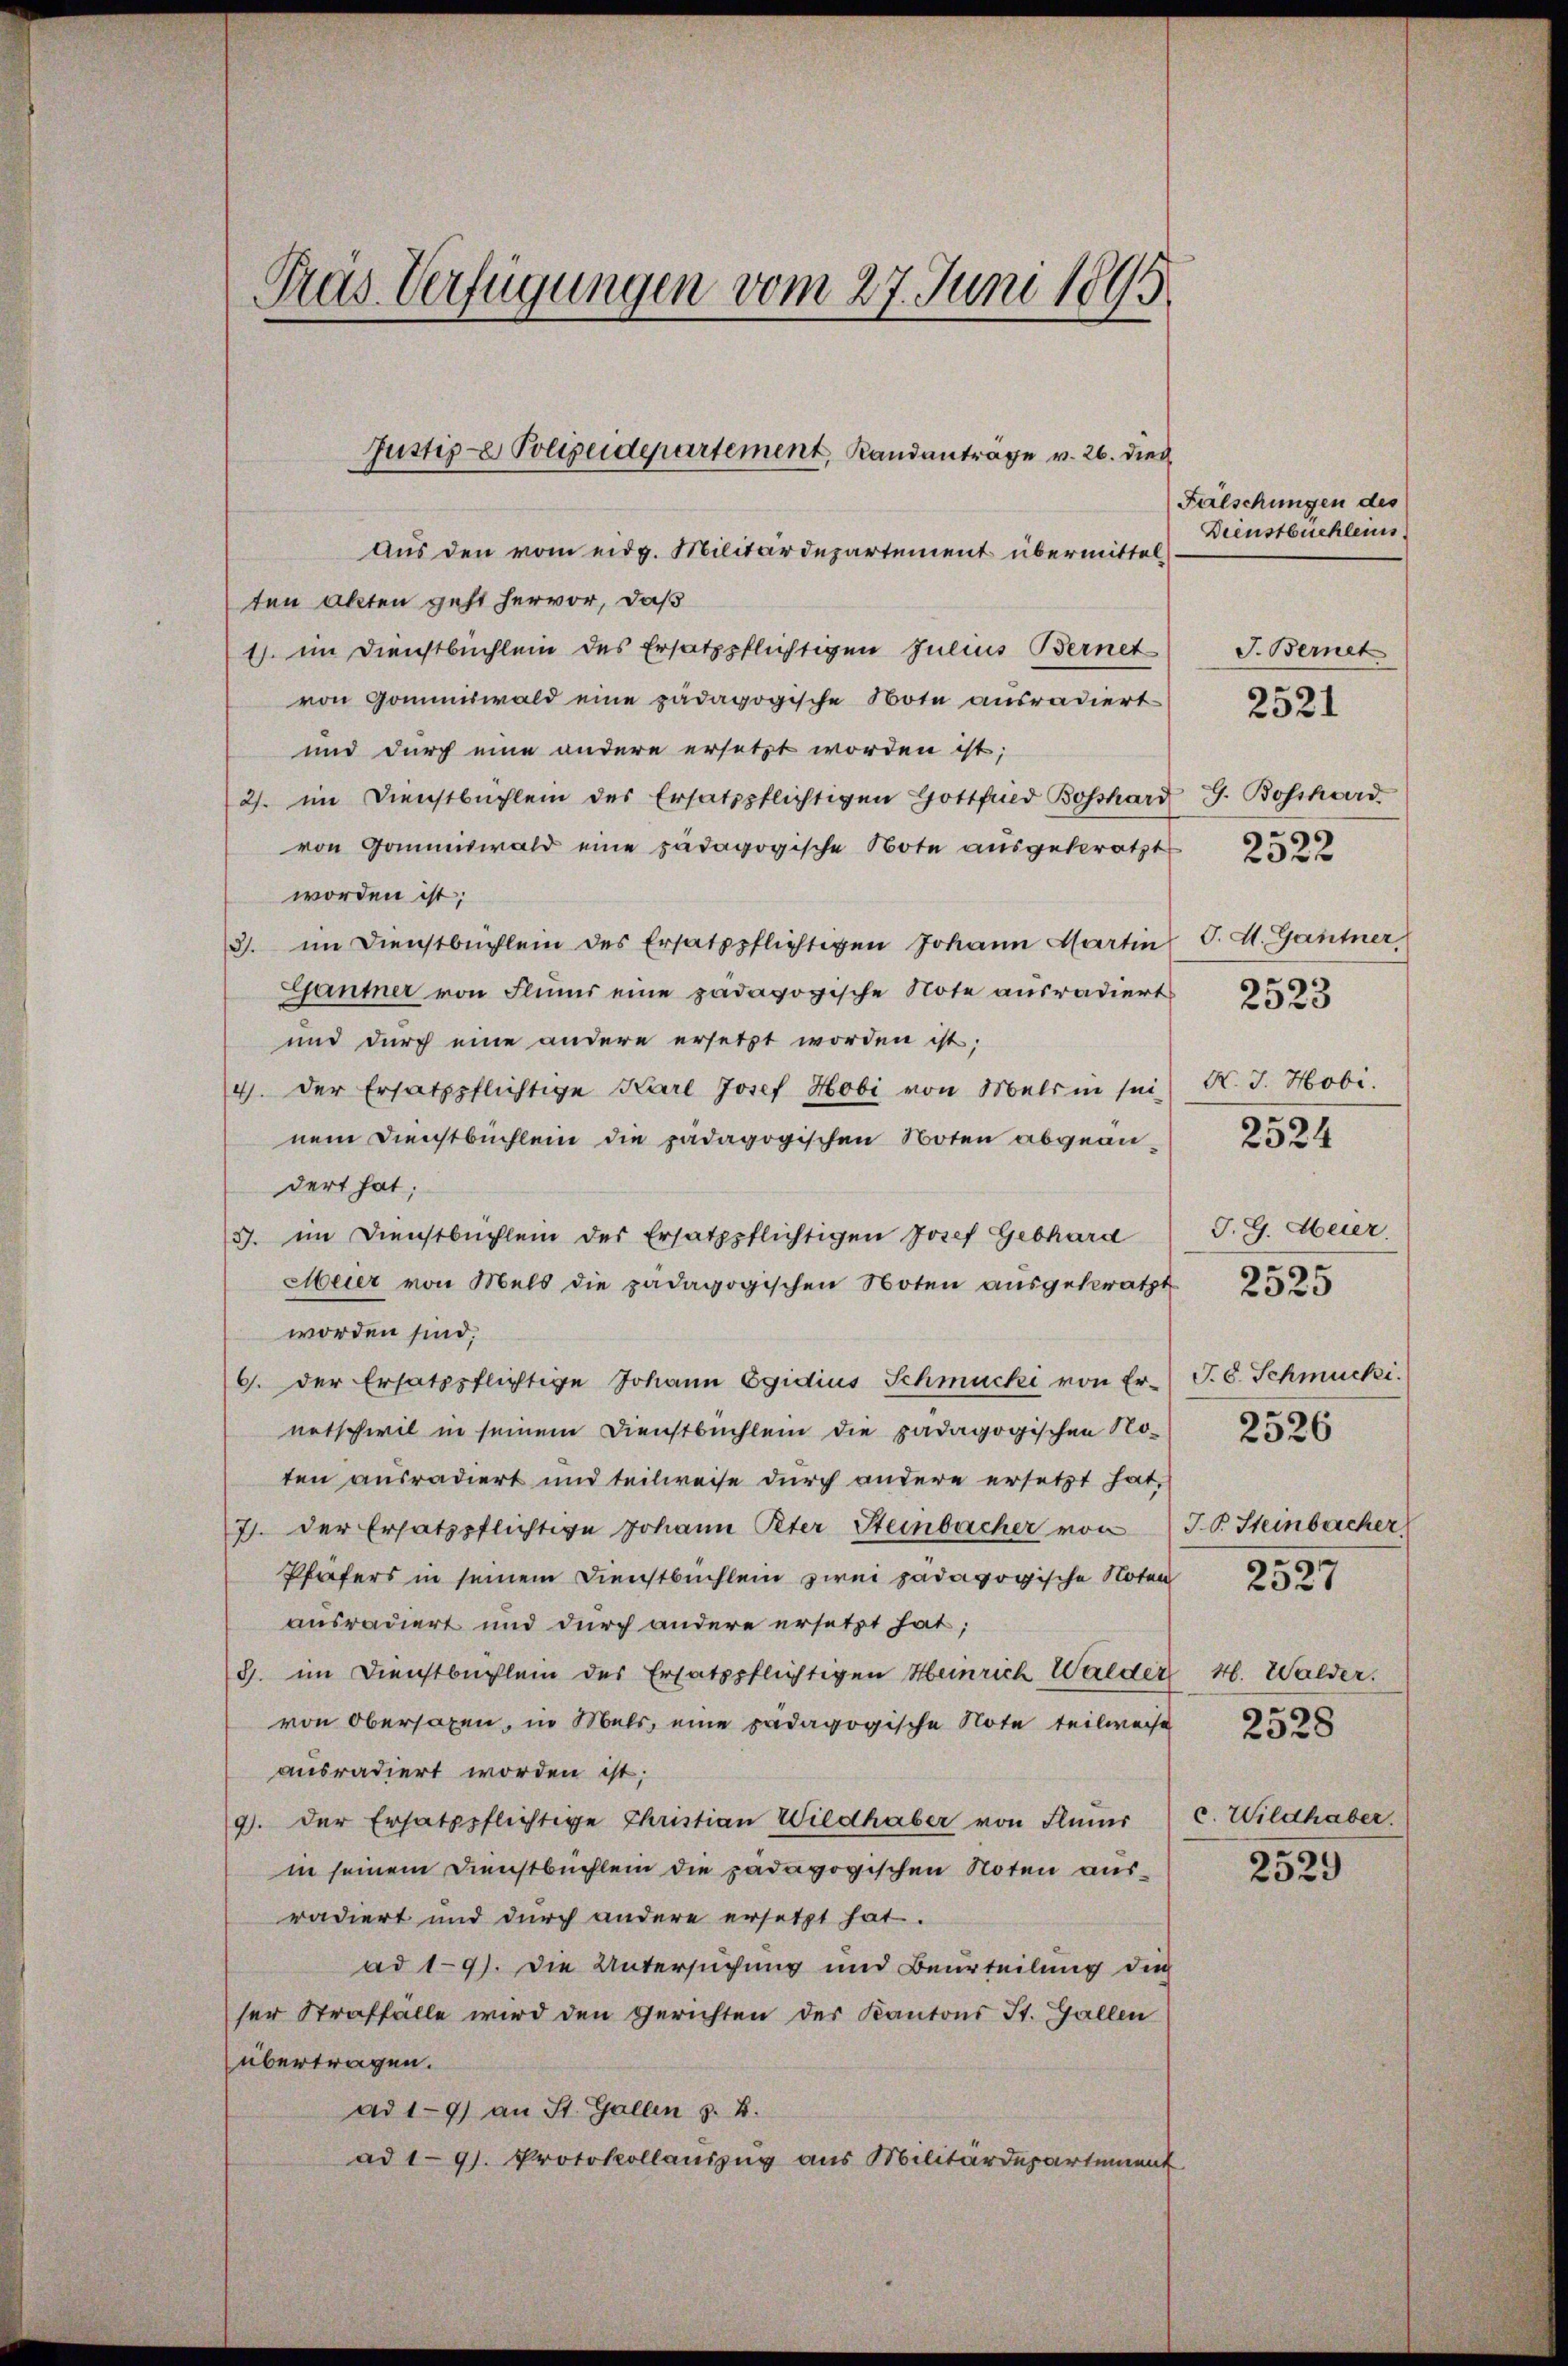
Pras Verfügungen vom 27. Juni 1895.

Justiz- & Polizeidepartement, Randantrage v. 26. dies

Aus den vom eidg. Militärdepartement übermittel
ten Akten geht hervor, daß
1. im Dienstbuchlein des Ersatzpflichtigen Julius Bernet
von Gommiswald eine pädagogische Note ausradiert
und durch eine andere ersetzt worden ist;
2. im Dienstbüchlein des Ersatzpflichtigen Gottfried Bossard G. Boschord
von Gommiswald eine pädagogische Note ausgekratzt
worden ist;
3. im Dienstbüchlein des Ersatzpflichtigen Johann Martin S. St. Gantner
Gaumer von Flims eine pädagogische Note ausradiert
und durch eine andere ersetzt worden ist;
4. Der Ersatzpflichtige Karl Josef Hobi von Mals in sei
nem Dienstbuchlein die pädagogischen Noten abgeändert hat;
3. im Dienstbüchlein der Ersatzpflichtigen Josef Gebhard
Meier von Mels die pädagogischen Noten aŭsgeferatt 2525
worden sind.
6. der Ersatzpflichtige Johann Egidius Schmucki von Er-
eetschwil in seinem Dienstbuchlein die pädagogischen No-
ten ausradiert und teilweise durch andere ersetzt hat,
7). Der Ersatzpflichtige Johann Peter Steinbacher von IV. Steinbacher
Pfäfers in seinem Dienstbuchlein zwei pädagogische Noten
ausradiert und durch andere ersetzt hat;
G. im Dienstbüchlein des Ersatzpflichtigen Heinrich Walder 4. Walder.
von Obersagen, in Mals, eine pädagogische Note teilweise
ausradiert worden ist;
9. der Ersatzpflichtige Christian Wildhaber von Flumer) c. Wildhaber
in seinem Dienstbüchlein die pädagogischen Noten ausradiert und durch andere ersetzt hat.
ad 19). Die Untersuchung und Beurteilung die
ser Straffälle wird den Gerichten der Kantons St. Gallen
übertragen.
ad 19) an St. Gallen z. B.
ad 191. Protokollauszug aus Militärdepartement

Fälschungen des
Dienstbuchleins

J. Bernet

2521

2522

2523

K. J. Hobi.

2524

J. G. Meier.
J.S. Schmucki.
2526
2527

2528

2529